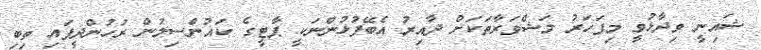
ޝައިނީ ވިދާޅުވީ މިފަހަރު މަޝްވަރާތަކަށް ދާއިރު އެބޭފުޅުންނަކީ ޕާޓީގެ ކައުންސިލުން ރުހުންދީފައި ތިބި